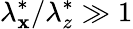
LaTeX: \lambda_{\mathbf{x}}^{\ast}/\lambda_{z}^{\ast}\gg1